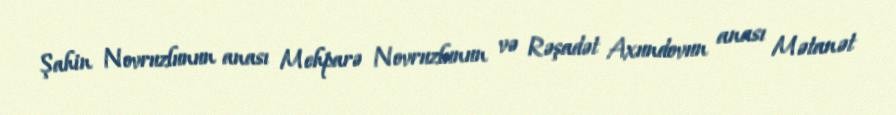
Şahin Novruzlunun anası Mehparə Novruzlunun və Rəşadət Axundovun anası Mətanət